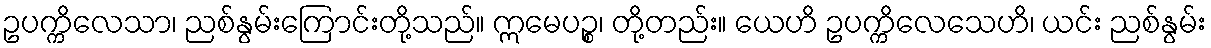
ဥပက္ကိလေသာ၊ ညစ်နွမ်းကြောင်းတို့သည်။ ဣမေပဉ္စ၊ တို့တည်း။ ယေဟိ ဥပက္ကိလေသေဟိ၊ ယင်း ညစ်နွမ်း